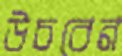
উচবেন